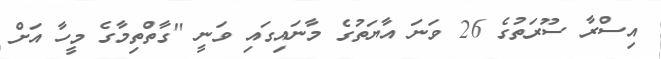
އިސްރާ ސޫރަތުގެ 26 ވަނަ އާޔަތުގެ މާނައިގައި ވަނީ "ގާތްތިމާގެ މީހާ އަށް